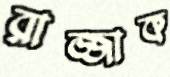
রাজ্জাক